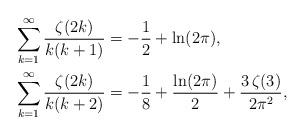
LaTeX: \begin{align*}\sum_{k = 1}^\infty {\frac{{\zeta (2k)}}{{k(k + 1)}}} &= - \frac{1}{2} + \ln (2\pi),\\\sum_{k = 1}^\infty {\frac{\zeta (2k)}{k(k + 2)}} &= - \frac{1}{8} + \frac{\ln (2\pi )}{2} + \frac{3\,\zeta (3)}{2\pi ^2 },\end{align*}